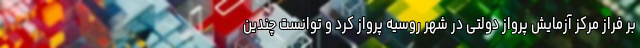
بر فراز مرکز آزمایش پرواز دولتی در شهر روسیه پرواز کرد و توانست چندین